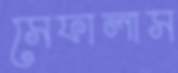
সেফালাস